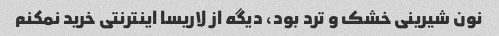
نون شیرینی خشک و ترد بود، دیگه از لاریسا اینترنتی خرید نمکنم